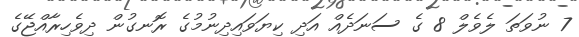
7 ނުވަތަ ލެވެލް 8 ގެ ސަނަދެއް އަދި ކިޔަވައިދިނުމުގެ ރޮނގުން ދިވެހިރާއްޖޭގެ